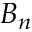
B _ { n }